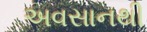
અવસાનથી